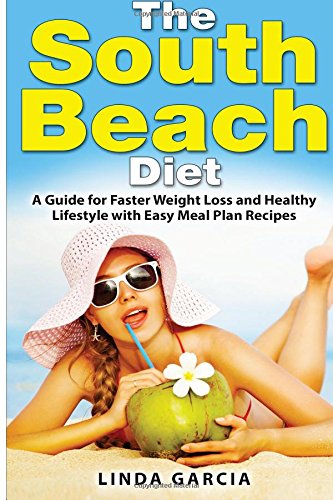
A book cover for The South Beach Diet: A Guide for Faster Weight Loss and Healthy Lifestyle with Easy Meal Plan Recipes; Linda Garcia; Health, Fitness & Dieting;